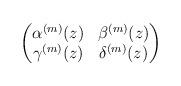
LaTeX: \begin{align*} \begin{pmatrix} \alpha^{(m)}(z) & \beta^{(m)}(z) \\ \gamma^{(m)}(z) & \delta^{(m)}(z) \end{pmatrix}\end{align*}